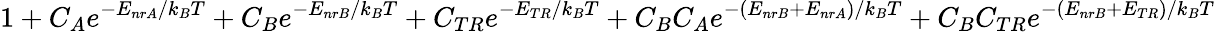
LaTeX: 1+C_{A}e^{-E_{nrA}/k_{B}T}+C_{B}e^{-E_{nrB}/k_{B}T}+C_{TR}e^{-E_{TR}/k_{B}T}+C_{B}C_{A}e^{-(E_{nrB}+E_{nrA})/k_{B}T}+C_{B}C_{TR}e^{-(E_{nrB}+E_{TR})/k_{B}T}